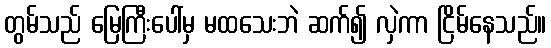
တွမ်သည် မြေကြီးပေါ်မှ မထသေးဘဲ ဆက်၍ လှဲကာ ငြိမ်နေသည်။